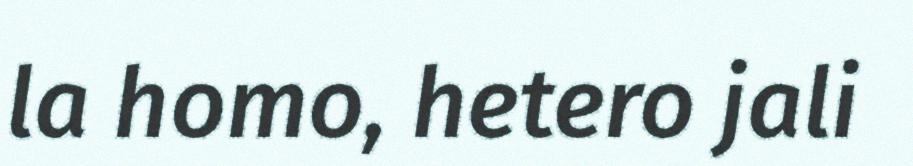
la homo, hetero jali